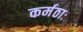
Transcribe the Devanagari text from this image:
कर्मठाः